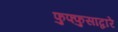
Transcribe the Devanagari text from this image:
फुफ्फुसाद्वारे